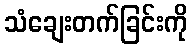
သံချေးတက်ခြင်းကို